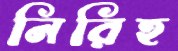
নিরিহ